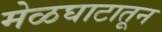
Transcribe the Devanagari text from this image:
मेळघाटातून